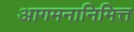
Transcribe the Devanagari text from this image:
आगमनानिमित्त